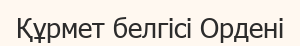
Құрмет белгісі Ордені